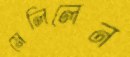
মেলিলেন